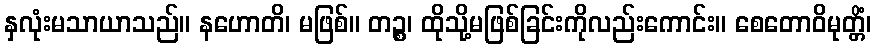
နှလုံးမသာယာသည်။ နဟောတိ၊ မဖြစ်။ တဉ္စ၊ ထိုသို့မဖြစ်ခြင်းကိုလည်းကောင်း။ စေတောဝိမုတ္တိံ၊